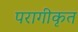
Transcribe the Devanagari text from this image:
परागीकृत